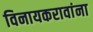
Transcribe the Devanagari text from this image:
विनायकरावांना